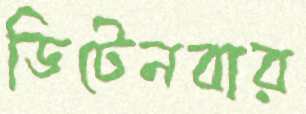
ডিটেনবার